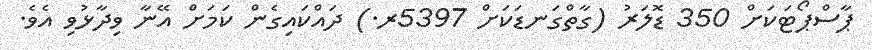
ޕާސްޕޯޓަކަށް 350 ޑޮލަރު (ގާތްގަނޑަކަށް 5397ރ.) ދައްކައިގެން ކަމަށް އޭނާ ވިދާޅުވި އެވެ.